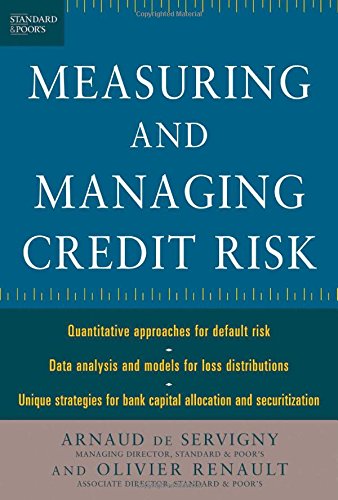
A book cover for The Standard & Poor's Guide to Measuring and Managing Credit Risk; Arnaud de Servigny; Business & Money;